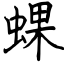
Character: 蜾